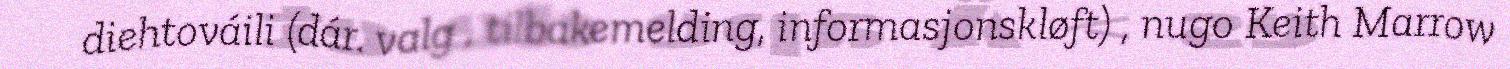
diehtováili (dár. valg , tilbakemelding, informasjonskløft) , nugo Keith Marrow